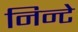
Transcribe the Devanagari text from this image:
निन्टे